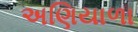
અણિયાળા